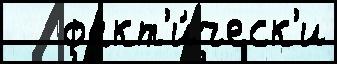
   факт'и́ческ'и